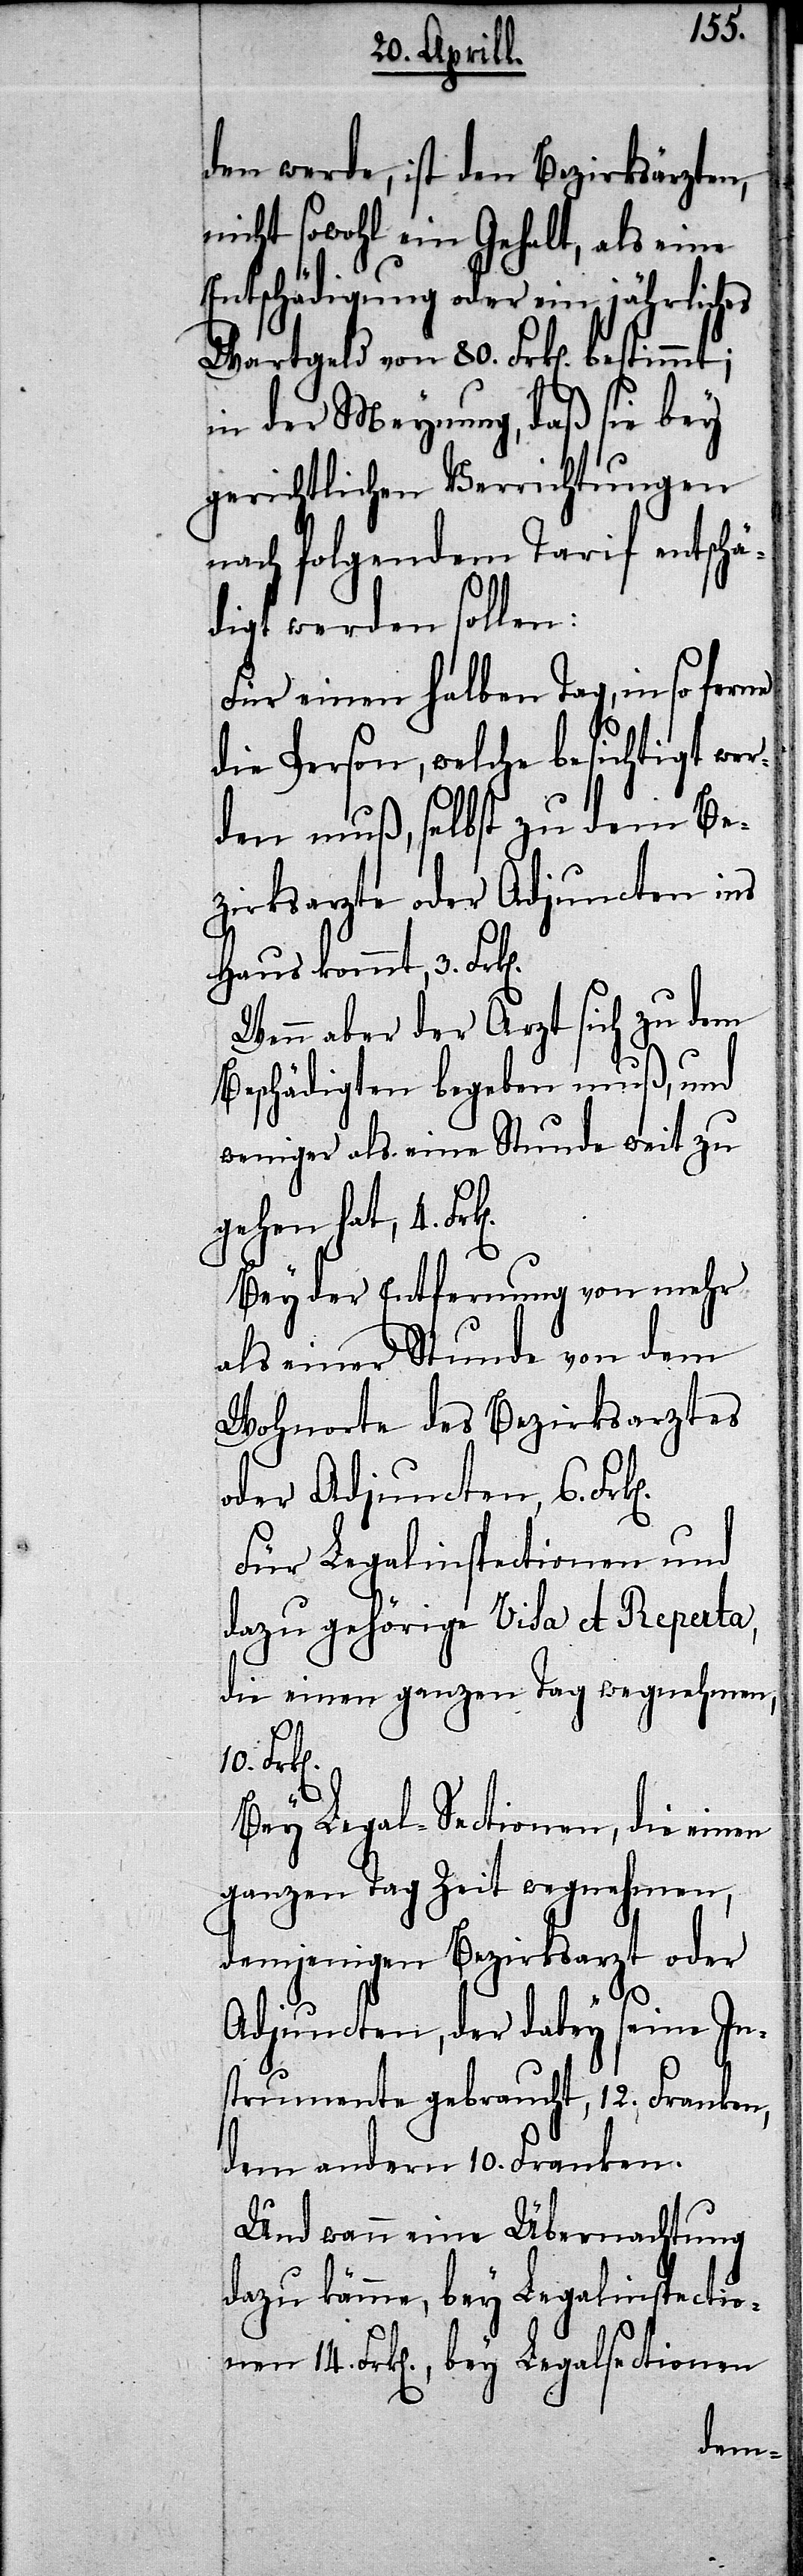
den werde, ist den Bezirksärzten,
nicht sowohl ein Gehalt, als eine
Entschädigung oder ein jährliches
Wartgeld von 80. Frk[en].
n].
in der Meynung, daß sie bey
gerichtlichen Verrichtungen
nach folgendem Tarif entschä¬
digt werden sollen:
Für einen halben Tag, in so ferne
die Person, welche besichtigt wer¬
den muß, selbst zu dem Be¬
zirksarzte oder Adjuncten ins
Haus kommt, 3. Frk[e¬
Wenn aber der Arzt sich zu dem
Beschädigten begeben muß, und
weniger als eine Stunde weit zu
gehen hat, 4. Fr¬
Bey der Entfernung von mehr
als einer Stunde von dem
Wohnorte des Bezirksarztes
oder Adjuncten, 6. Fr¬
Für Legalinspectionen und
dazu gehörige Visa et Reperta,
die einen ganzen Tag wegnehmen,
10.
Bey Legal-Sectionen, die einen
ganzen Tag Zeit wegnehmen,
demjenigen Bezirksarzt oder
k[en].
Adjuncten, der dabey seine In¬
strumente gebraucht, 12. Franken,
dem andern 10. Franken.
Und wann eine Übernachtung
dazu kämme, bey Legalinspection¬
en 14. Frk[en]., bey Legalsectionen